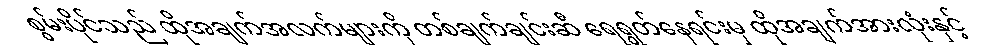
စွမ်းပိုင်သည် ထိုအချက်အလက်များကို တစ်ချက်ချင်းဆီ ရေရွတ်နေရင်းမှ ထိုအချက်အားလုံးနှင့်